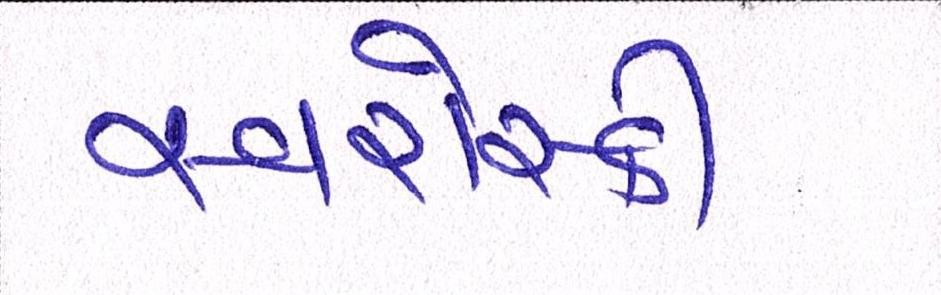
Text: સ્વરોસ્કી